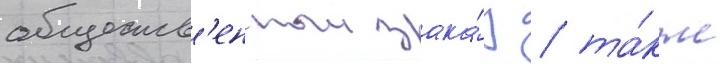
обществ'енныи зака́з / та́кже